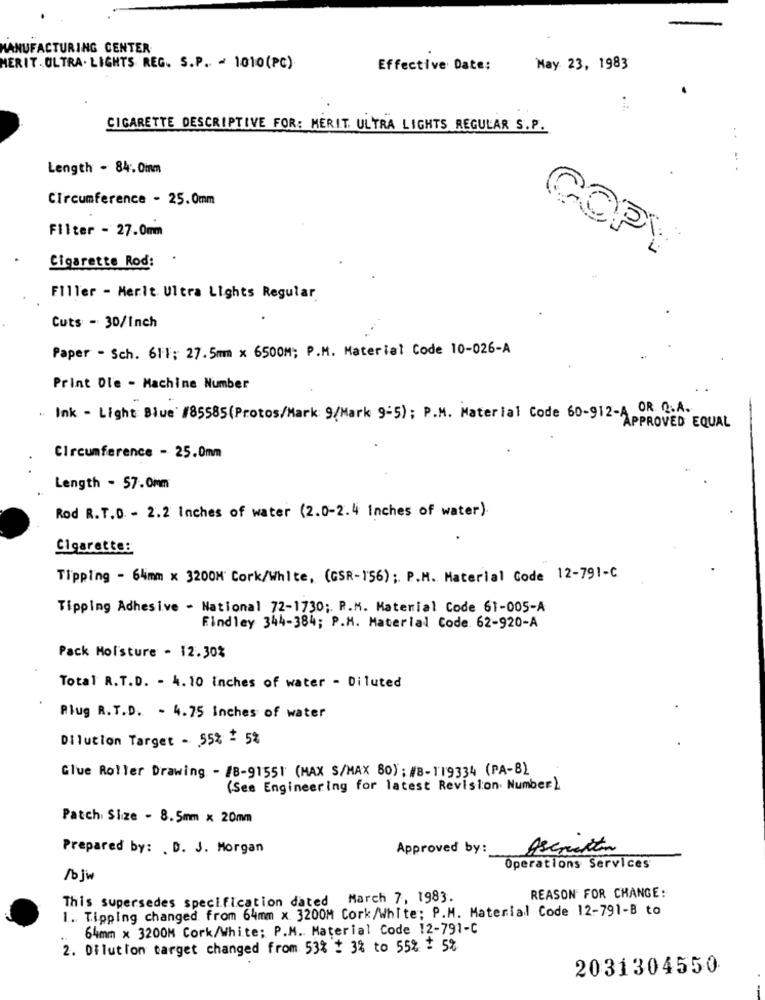
MANUFACTURING CENTER
MERIT . ULTRA . LIGHTS REG. S.P. ~ 1010(PC)
Effective Date:
May 23, 1983
CIGARETTE DESCRIPTIVE FOR: MERIT. ULTRA LIGHTS REGULAR S.P.
Length - 84: 0mm
Circumference - 25.0mm
Filter - 27.0mm
Cigarette Rod: .
COPY
Filler - Merit. Ultra Lights Regular
Cuts - 30/Inch
Paper - Sch. 611; 27.5mm × 6500M; P.M. Material Code 10-026-A
Print Dle - Machine Number
. Ink - Light Blue' #85585(Protos/Mark 9/Mark 9-5); P.M. Material Code 60-912-A OR. Q.A.
APPROVED EQUAL
Circumference - 25.0mm
Length - 57.0mm
Rod R.T.D. - 2.2 Inches of water (2.0-2.4 inches of water).
Cigarette:
Tipping - 64mm x 3200M' Cork/White, (GSR-156) ; P.M. Material Code 12-791-C
Tipping Adhesive - National 72-1730; P.M. Material Code 61-005-A
Findley 344-384; P.M. Material Code. 62-920-A
Pack Moisture - 12.30%
Total R.T.D. - 4.10 Inches of water - Diluted
Rlug R.T.D. - 4.75 Inches of water
Dilution Target - 55% ! 5%
Glue Roller Drawing - /8-91551 (MAX S/MAX 80) : WB-119334 (PA-8)
(Ses Engineering for latest Revision Number )
Patch Size - 8.5mm x 20mm
Prepared by: . D. J. Morgan
Approved by:
Aseraitin
Operations Services
/b jw
This supersedes specification dated March 7, 1983.
REASON FOR CHANGE:
1. Tipping changed from 64mm x 3200M Cork/White; P.M. Material Code 12-791-B to
64mm x 3200M Cork/White; P.M. Material Code 12-791-C
2. Dilution target changed from 53% $ 3% to 55% + 5%
2031304550